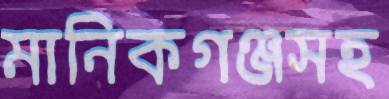
মানিকগঞ্জসহ